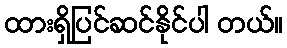
ထားရှိပြင်ဆင်နိုင်ပါ တယ်။